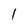
Character: 1